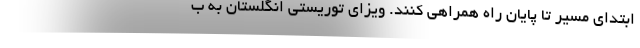
ابتدای مسیر تا پایان راه همراهی کنند. ویزای توریستی انگلستان به ب